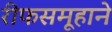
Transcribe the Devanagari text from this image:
रीफसमूहाने